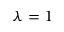
\lambda = 1